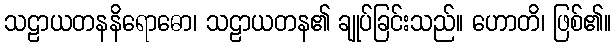
သဠာယတနနိရောဓော၊ သဠာယတန၏ ချုပ်ခြင်းသည်။ ဟောတိ၊ ဖြစ်၏။